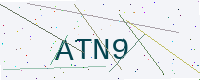
Text: ATN9